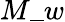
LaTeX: M\_ w